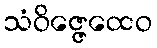
သံဝိဇ္ဇေထေဝ